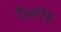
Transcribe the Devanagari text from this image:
हैल्लोक